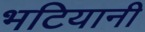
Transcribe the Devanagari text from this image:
भटियानी